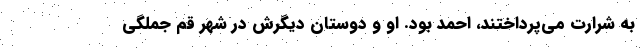
به شرارت می‌پرداختند، احمد بود. او و دوستان دیگرش در شهر قم جملگی